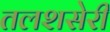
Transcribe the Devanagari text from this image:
तलशसेरी